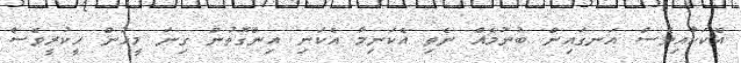
އެކަކާއިވެސް އަނގައިން ބުނުމެއް ނެތި އެކަނިމާ އެކަނި އިންގޮތުން ގިނަ މީހުން ހީކުރީވެސް